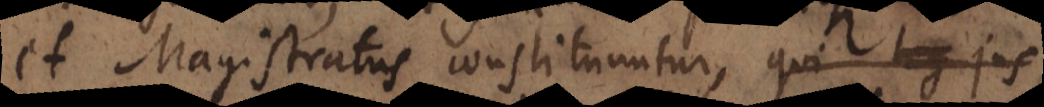
et Magistratus constituuntur, tuendi ju